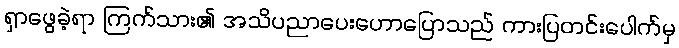
ရှာဖွေခဲ့ရာ ကြက်သား၏ အသိပညာပေးဟောပြောသည် ကားပြတင်းပေါက်မှ